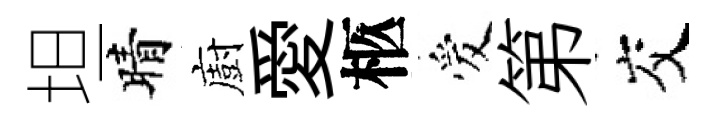
坦晴廚愛柩爱第交